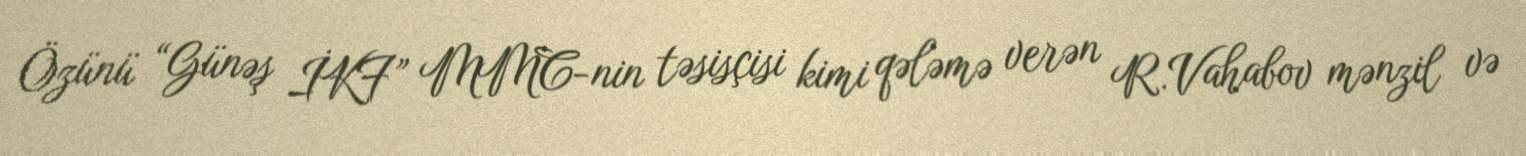
Özünü “Günəş İKF” MMC-nin təsisçisi kimi qələmə verən R.Vahabov mənzil və